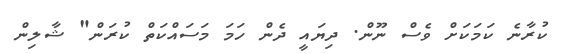
ކުރާނެ ކަމަކަށް ވެސް ނޫން. ދިޔައީ ދެން ހަމަ މަސައްކަތް ކުރަން" ޝާލިން